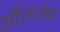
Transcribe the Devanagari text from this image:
औरंगजेबा